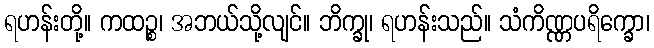
ရဟန်းတို့။ ကထဉ္စ၊ အဘယ်သို့လျင်။ ဘိက္ခု၊ ရဟန်းသည်။ သံကိဏ္ဏပရိက္ခော၊